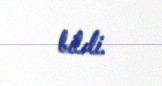
bildi.